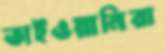
তাইওয়ানিরা